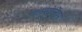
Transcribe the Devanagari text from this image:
पेलस्टेनियन